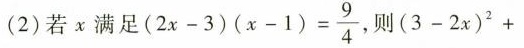
(2)若x满足$$( 2 x - 3 ) ( x - 1 ) = \frac { 9 } { 4 }$$，则$$( 3 - 2 x ) ^ { 2 } +